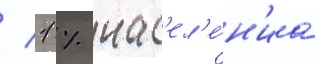
/ 1 % нас'ел'е́н'иа